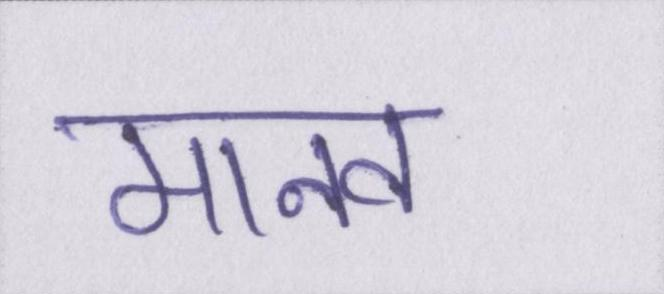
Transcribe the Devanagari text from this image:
मानव